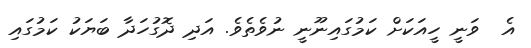
އެ  ވަނީ ހީއަކަށް ކަމުގައިނޫނީ ނުވެތެވެ. އަދި ދޮގުހަދާ ބަޔަކު ކަމުގައި